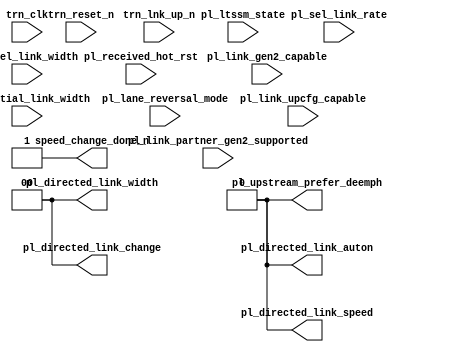
//-----------------------------------------------------------------------------
//
// (c) Copyright 2010-2011 Xilinx, Inc. All rights reserved.
//
// This file contains confidential and proprietary information
// of Xilinx, Inc. and is protected under U.S. and
// international copyright and other intellectual property
// laws.
//
// DISCLAIMER
// This disclaimer is not a license and does not grant any
// rights to the materials distributed herewith. Except as
// otherwise provided in a valid license issued to you by
// Xilinx, and to the maximum extent permitted by applicable
// law: (1) THESE MATERIALS ARE MADE AVAILABLE "AS IS" AND
// WITH ALL FAULTS, AND XILINX HEREBY DISCLAIMS ALL WARRANTIES
// AND CONDITIONS, EXPRESS, IMPLIED, OR STATUTORY, INCLUDING
// BUT NOT LIMITED TO WARRANTIES OF MERCHANTABILITY, NON-
// INFRINGEMENT, OR FITNESS FOR ANY PARTICULAR PURPOSE; and
// (2) Xilinx shall not be liable (whether in contract or tort,
// including negligence, or under any other theory of
// liability) for any loss or damage of any kind or nature
// related to, arising under or in connection with these
// materials, including for any direct, or any indirect,
// special, incidental, or consequential loss or damage
// (including loss of data, profits, goodwill, or any type of
// loss or damage suffered as a result of any action brought
// by a third party) even if such damage or loss was
// reasonably foreseeable or Xilinx had been advised of the
// possibility of the same.
//
// CRITICAL APPLICATIONS
// Xilinx products are not designed or intended to be fail-
// safe, or for use in any application requiring fail-safe
// performance, such as life-support or safety devices or
// systems, Class III medical devices, nuclear facilities,
// applications related to the deployment of airbags, or any
// other applications that could lead to death, personal
// injury, or severe property or environmental damage
// (individually and collectively, "Critical
// Applications"). Customer assumes the sole risk and
// liability of any use of Xilinx products in Critical
// Applications, subject only to applicable laws and
// regulations governing limitations on product liability.
//
// THIS COPYRIGHT NOTICE AND DISCLAIMER MUST BE RETAINED AS
// PART OF THIS FILE AT ALL TIMES.
//
//-----------------------------------------------------------------------------
// Project    : Series-7 Integrated Block for PCI Express
// Version    : 3.3
//--
//--------------------------------------------------------------------------------
`timescale 1ns/1ns
module pci_exp_usrapp_pl (

                          pl_initial_link_width,
                          pl_lane_reversal_mode,
                          pl_link_gen2_capable,
                          pl_link_partner_gen2_supported,
                          pl_link_upcfg_capable,
                          pl_ltssm_state,
                          pl_received_hot_rst,
                          pl_sel_link_rate,
                          pl_sel_link_width,
                          pl_directed_link_auton,
                          pl_directed_link_change,
                          pl_directed_link_speed,
                          pl_directed_link_width,
                          pl_upstream_prefer_deemph,
                          speed_change_done_n,

                          trn_lnk_up_n,
                          trn_clk,
                          trn_reset_n
                    
                          );


input [2:0]              pl_initial_link_width;
input [1:0]              pl_lane_reversal_mode;
input                    pl_link_gen2_capable;
input                    pl_link_partner_gen2_supported;
input                    pl_link_upcfg_capable;
input [5:0]              pl_ltssm_state;
input                    pl_received_hot_rst;
input                    pl_sel_link_rate;
input [1:0]              pl_sel_link_width;
output                   pl_directed_link_auton;
output [1:0]             pl_directed_link_change;
output                   pl_directed_link_speed;
output [1:0]             pl_directed_link_width;
output                   pl_upstream_prefer_deemph;
output                   speed_change_done_n;


input                    trn_lnk_up_n;
input                    trn_clk;
input                    trn_reset_n;

parameter                Tcq = 1;
parameter                LINK_CAP_MAX_LINK_SPEED = 4'h1;

reg                      pl_directed_link_auton;
reg [1:0]                pl_directed_link_change;
reg                      pl_directed_link_speed;
reg [1:0]                pl_directed_link_width;
reg                      pl_upstream_prefer_deemph;
reg                      speed_change_done_n;

initial begin

   pl_directed_link_auton <= 1'b0;
   pl_directed_link_change <= 2'b0;
   pl_directed_link_speed <= 1'b0;
   pl_directed_link_width <= 2'b0;
   pl_upstream_prefer_deemph <= 1'b0;
   speed_change_done_n <= 1'b1;

   if (LINK_CAP_MAX_LINK_SPEED == 4'h2) begin

     wait (trn_lnk_up_n == 1'b0);

     if (pl_link_gen2_capable && pl_link_partner_gen2_supported) begin

       wait (pl_sel_link_rate == 1'h1);
       wait (pl_ltssm_state == 6'h16);

       speed_change_done_n <= 1'b0; 

     end
   end

end

endmodule // pci_exp_usrapp_pl